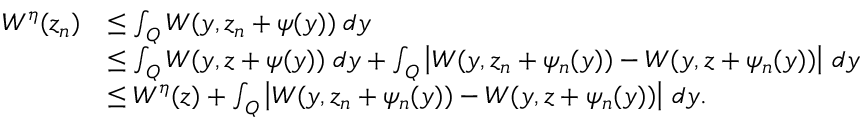
\begin{array} { r l } { W ^ { \eta } ( z _ { n } ) } & { \leq \int _ { Q } W ( y , z _ { n } + \psi ( y ) ) \; d y } \\ & { \leq \int _ { Q } W ( y , z + \psi ( y ) ) \; d y + \int _ { Q } \left| W ( y , z _ { n } + \psi _ { n } ( y ) ) - W ( y , z + \psi _ { n } ( y ) ) \right| \, d y } \\ & { \leq W ^ { \eta } ( z ) + \int _ { Q } \left| W ( y , z _ { n } + \psi _ { n } ( y ) ) - W ( y , z + \psi _ { n } ( y ) ) \right| \, d y . } \end{array}